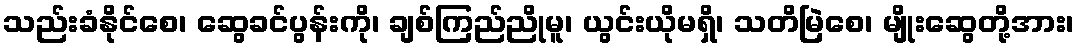
သည်းခံနိုင်စေ၊ ဆွေခင်ပွန်းကို၊ ချစ်ကြည်ညိုမူ၊ ယွင်းယိုမရှိ၊ သတိမြဲစေ၊ မျိုးဆွေတို့အား၊